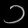
Digit: ၁